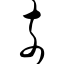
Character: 奈